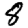
Digit: 8